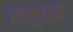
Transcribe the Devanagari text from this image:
समुद्यतः